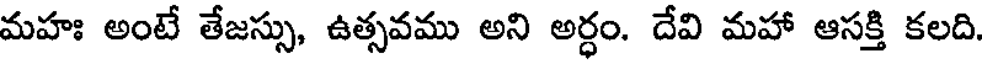
మహః అంటే తేజస్సు, ఉత్సవము అని అర్ధం. దేవి మహా ఆసక్తి కలది.